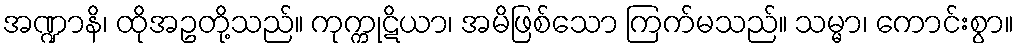
အဏ္ဍာနိ၊ ထိုအဥတို့သည်။ ကုက္ကုဋိယာ၊ အမိဖြစ်သော ကြက်မသည်။ သမ္မာ၊ ကောင်းစွာ။